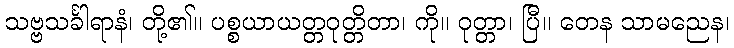
သဗ္ဗသင်္ခါရာနံ၊ တို့၏။ ပစ္စယာယတ္တဝုတ္တိတာ၊ ကို။ ဝုတ္တာ၊ ပြီ။ တေန သာမညေန၊